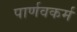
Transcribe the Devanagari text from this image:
पार्णवकर्म